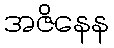
အဇိနေန